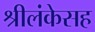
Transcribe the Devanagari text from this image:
श्रीलंकेसह